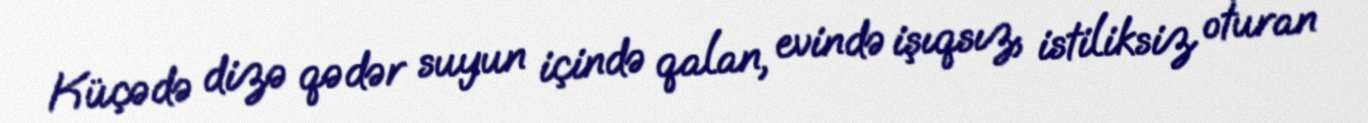
Küçədə dizə qədər suyun içində qalan, evində işıqsız, istiliksiz oturan